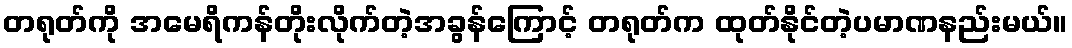
တရုတ်ကို အမေရိကန်တိုးလိုက်တဲ့အခွန်ကြောင့် တရုတ်က ထုတ်နိုင်တဲ့ပမာဏနည်းမယ်။